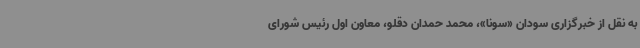
به نقل از خبرگزاری سودان «سونا»، محمد حمدان دقلو، معاون اول رئیس شورای